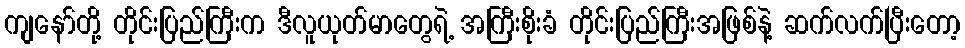
ကျနော်တို့ တိုင်းပြည်ကြီးက ဒီလူယုတ်မာတွေရဲ့ အကြီးစိုးခံ တိုင်းပြည်ကြီးအဖြစ်နဲ့ ဆက်လက်ပြီးတော့